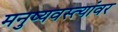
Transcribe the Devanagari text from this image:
मनुष्यवस्त्यांवर